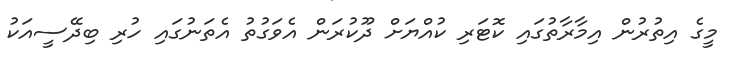
މީގެ އިތުރުން އިމާރާތުގައި ކޮޓަރި ކުއްޔަށް ދޫކުރަން އެވަގުތު އެތަނުގައި ހުރި ބިދޭސީއަކު